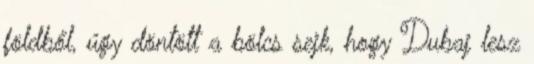
földből, úgy döntött a bölcs sejk, hogy Dubaj lesz